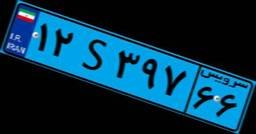
۱۲S۳۹۷۶۶